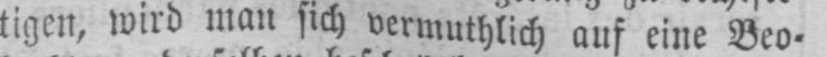
tigen, wird man sich vermuthlich auf eine Beo⸗